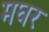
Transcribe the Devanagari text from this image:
मघर